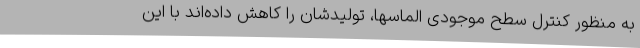
به منظور کنترل سطح موجودی الماسها، تولیدشان را کاهش داده‌اند با این